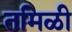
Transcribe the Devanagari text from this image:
तमिळी